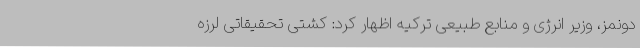
دونمز، وزیر انرژی و منابع طبیعی ترکیه اظهار کرد: کشتی تحقیقاتی لرزه